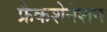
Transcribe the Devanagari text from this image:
फ्रैकशेनेशन